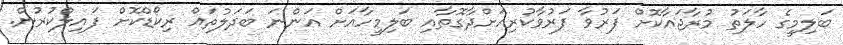
ބަލިމީގެ ހާލަތު މުރާޖައާކޮށް ފަރުވާ ފަރުވާކުރިއަށްދާގޮތާއި ބަލިމީހާއަށް އަންނަ ބަދަލުތައް ރިކޯޑްކޮށް ފައިލްކުރުން.